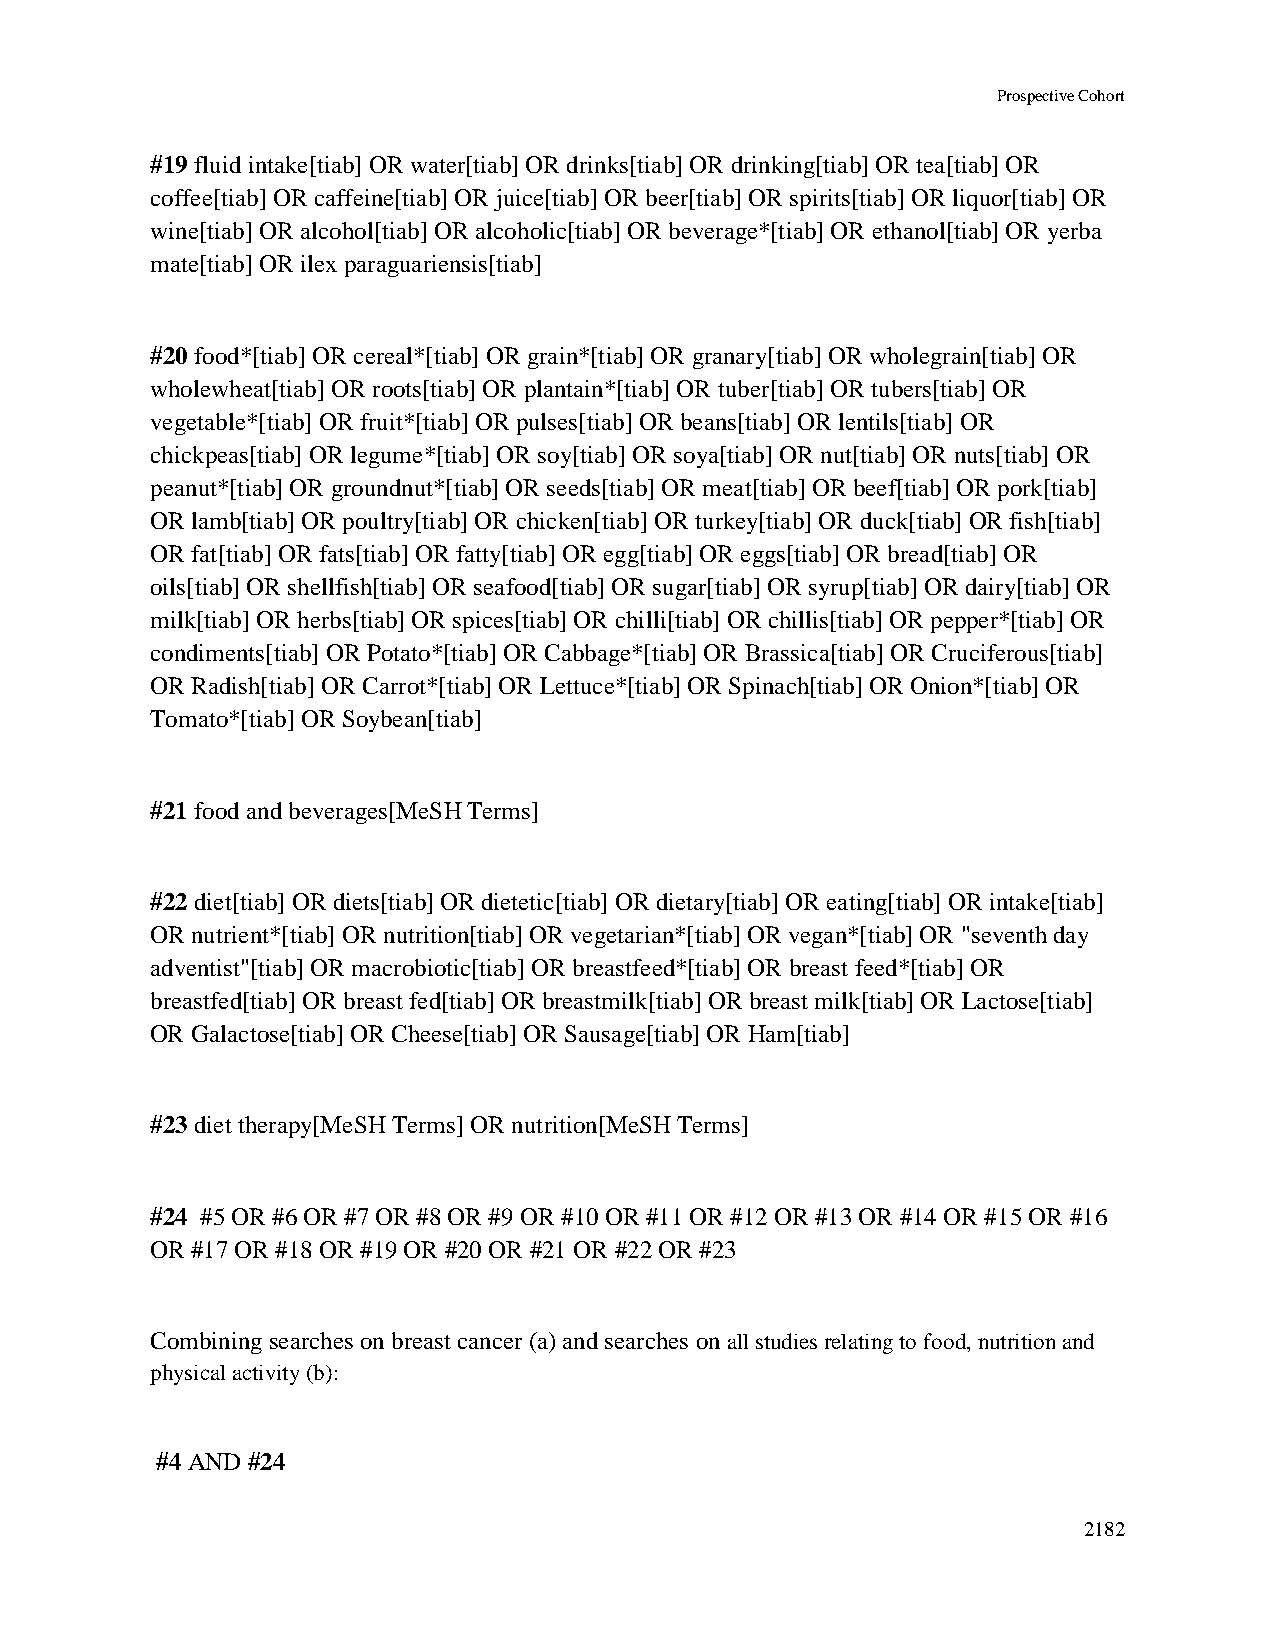
Prospective Cohort
 #19 fluid intake[tiab] OR water[tiab] OR drinks[tiab] OR drinking[tiab] OR tea[tiab] OR
 coffee[tiab] OR caffeine[tiab] OR juice[tiab] OR beer[tiab] OR spirits[tiab] OR liquor[tiab] OR
 wine[tiab] OR alcohol[tiab] OR alcoholic[tiab] OR beverage*[tiab] OR ethanol[tiab] OR yerba
 mate[tiab] OR ilex paraguariensis[tiab]
 #20 food*[tiab] OR cereal*[tiab] OR grain*[tiab] OR granary[tiab] OR wholegrain[tiab] OR
 wholewheat[tiab] OR roots[tiab] OR plantain*[tiab] OR tuber[tiab] OR tubers[tiab] OR
 vegetable*[tiab] OR fruit*[tiab] OR pulses[tiab] OR beans[tiab] OR lentils[tiab] OR
 chickpeas[tiab] OR legume*[tiab] OR soy[tiab] OR soya[tiab] OR nut[tiab] OR nuts[tiab] OR
 peanut*[tiab] OR groundnut*[tiab] OR seeds[tiab] OR meat[tiab] OR beef[tiab] OR pork[tiab]
 OR lamb[tiab] OR poultry[tiab] OR chicken[tiab] OR turkey[tiab] OR duck[tiab] OR fish[tiab]
 OR fat[tiab] OR fats[tiab] OR fatty[tiab] OR egg[tiab] OR eggs[tiab] OR bread[tiab] OR
 oils[tiab] OR shellfish[tiab] OR seafood[tiab] OR sugar[tiab] OR syrup[tiab] OR dairy[tiab] OR
 milk[tiab] OR herbs[tiab] OR spices[tiab] OR chilli[tiab] OR chillis[tiab] OR pepper*[tiab] OR
 condiments[tiab] OR Potato*[tiab] OR Cabbage*[tiab] OR Brassica[tiab] OR Cruciferous[tiab]
 OR Radish[tiab] OR Carrot*[tiab] OR Lettuce*[tiab] OR Spinach[tiab] OR Onion*[tiab] OR
 Tomato*[tiab] OR Soybean[tiab]
 #21 food and beverages[MeSH Terms]
 #22 diet[tiab] OR diets[tiab] OR dietetic[tiab] OR dietary[tiab] OR eating[tiab] OR intake[tiab]
 OR nutrient*[tiab] OR nutrition[tiab] OR vegetarian*[tiab] OR vegan*[tiab] OR "seventh day
 adventist"[tiab] OR macrobiotic[tiab] OR breastfeed*[tiab] OR breast feed*[tiab] OR
 breastfed[tiab] OR breast fed[tiab] OR breastmilk[tiab] OR breast milk[tiab] OR Lactose[tiab]
 OR Galactose[tiab] OR Cheese[tiab] OR Sausage[tiab] OR Ham[tiab]
 #23 diet therapy[MeSH Terms] OR nutrition[MeSH Terms]
 #24 #5 OR #6 OR #7 OR #8 OR #9 OR #10 OR #11 OR #12 OR #13 OR #14 OR #15 OR #16
 OR #17 OR #18 OR #19 OR #20 OR #21 OR #22 OR #23
 Combining searches on breast cancer (a) and searches on all studies relating to food, nutrition and
 physical activity (b):
 #4 AND #24
 2182